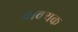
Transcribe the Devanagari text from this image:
वाक्यक